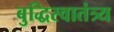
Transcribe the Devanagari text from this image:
बुद्धिस्वातंत्र्य